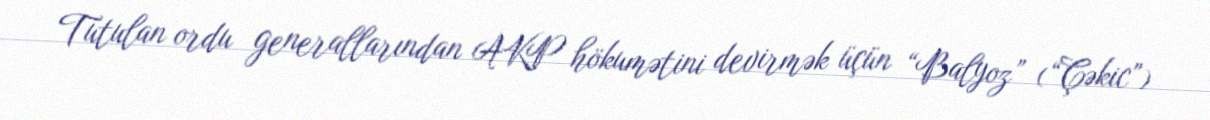
Tutulan ordu generallarından AKP hökumətini devirmək üçün “Balyoz” (“Çəkic”)